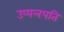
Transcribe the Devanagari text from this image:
उप्पलपति